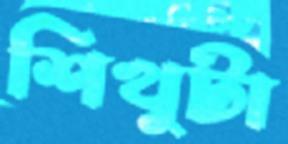
শিখুটা